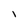
Character: l